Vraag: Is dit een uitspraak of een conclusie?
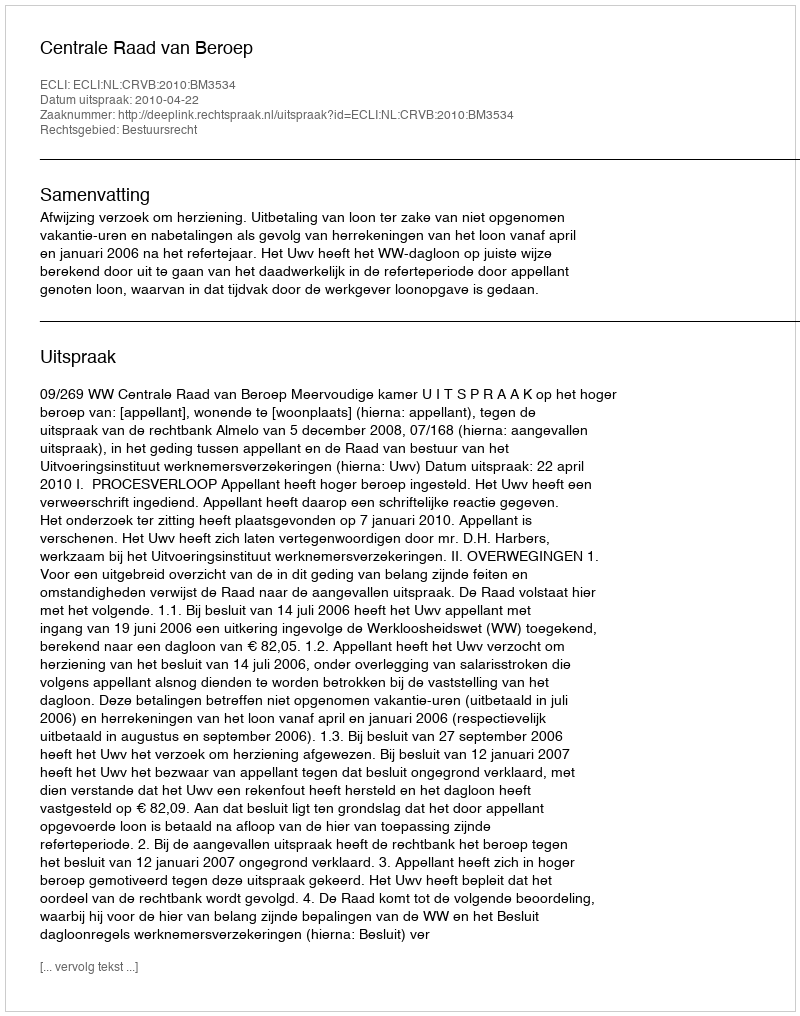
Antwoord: Uitspraak